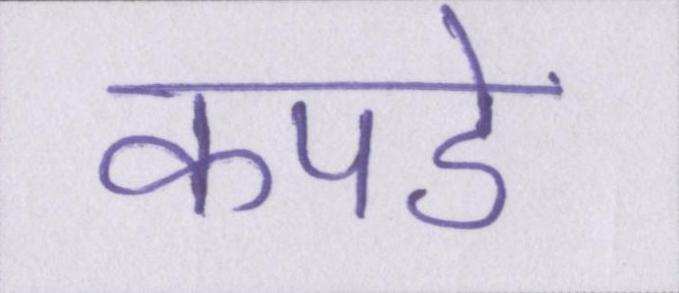
कपडे